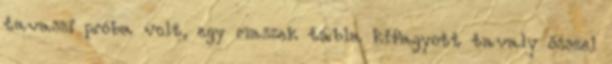
tavaszi próba volt, egy maszek tábla kifagyott tavaly ősszel